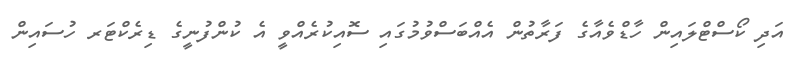
އަދި ކޯސްޓްލައިން ހާޑްވެއާގެ ފަރާތުން އެއްބަސްވުމުގައި ސޮއިކުރެއްވީ އެ ކުންފުނީގެ ޑިރެކްޓަރ ހުސައިން